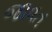
જાવત